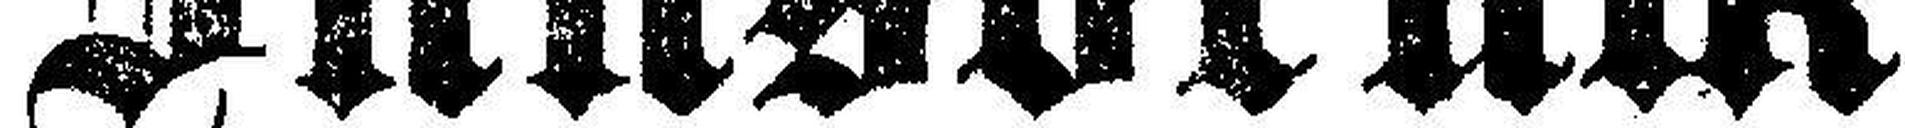
Innsbruck